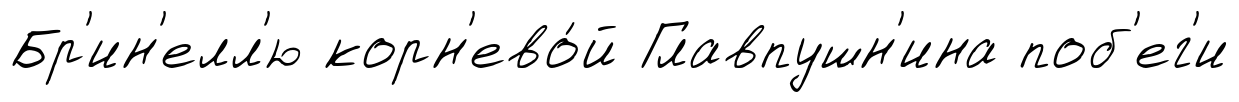
Бр'ин'елл'ю корн'ево́й Главпушн'ина поб'ег'и